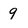
Character: 9